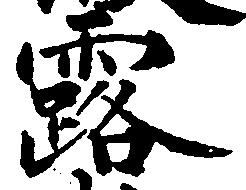
露